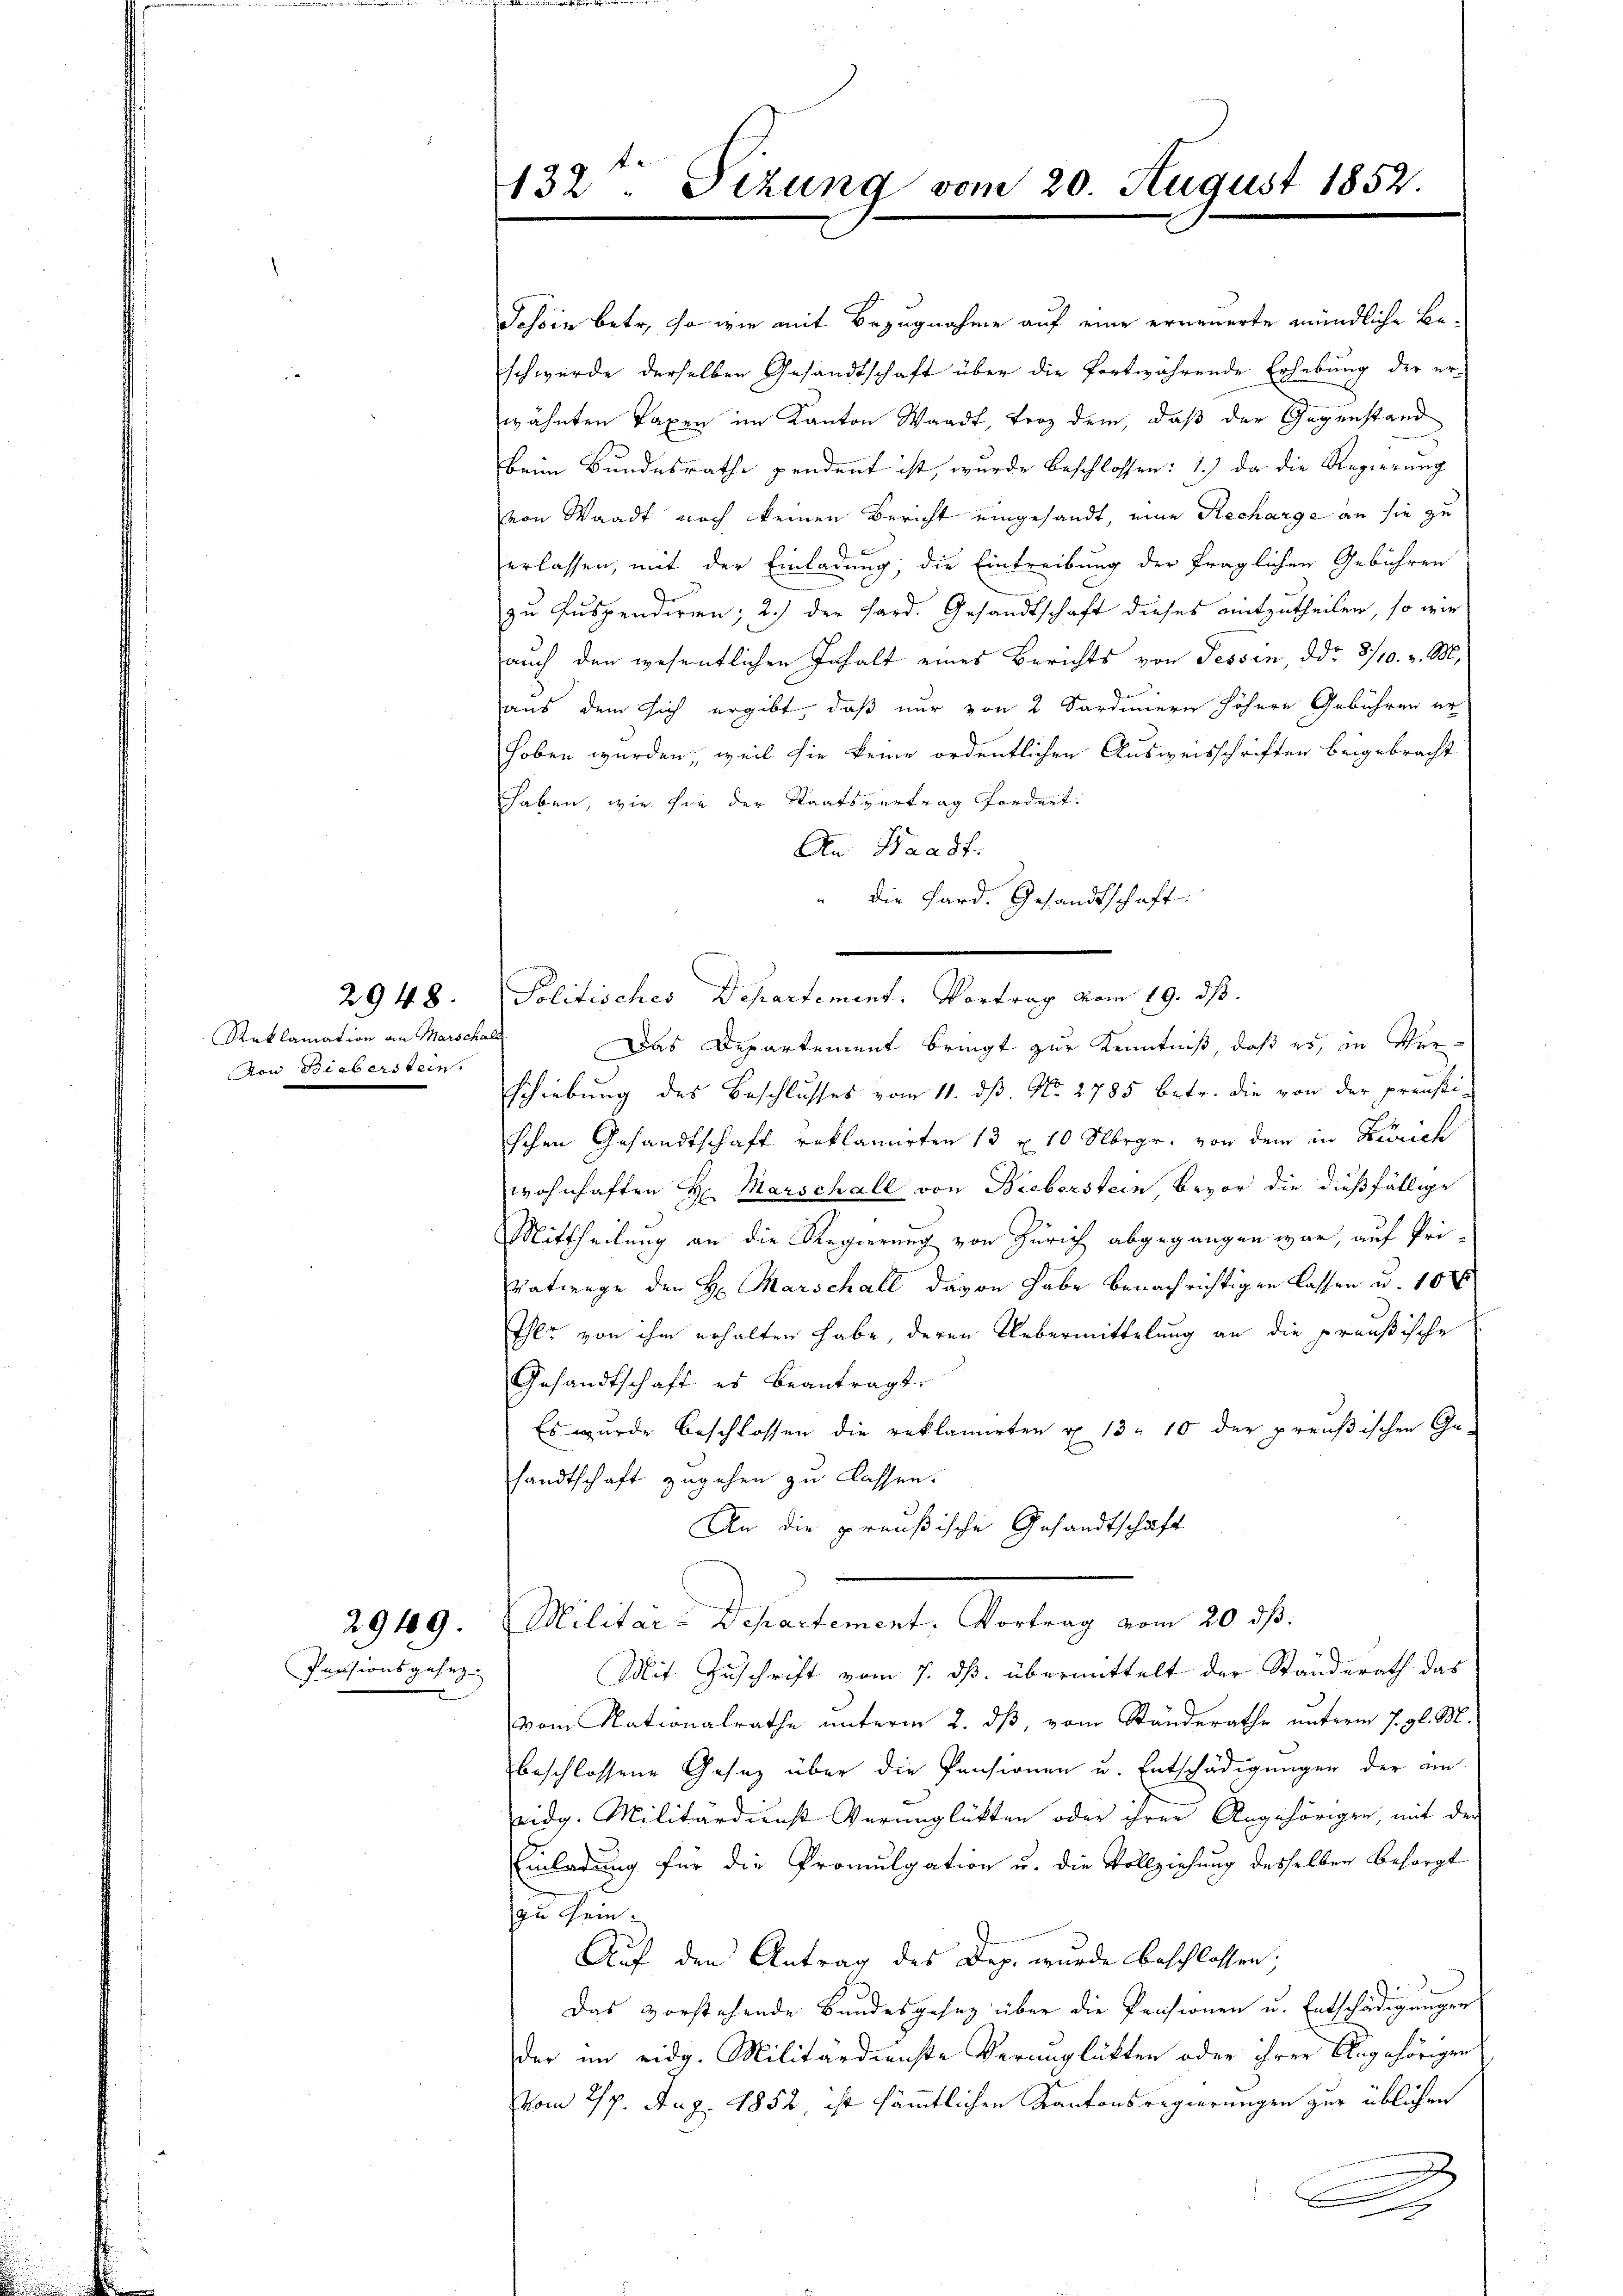
132. Sizung vom 20. August 1852.

Tessin betr, so wie mit Bezugnahme auf eine erneuerte mündliche Beschwerde derselben Gesandtschaft über die fortwährende Erhebung der erwähnten Taxen im Kanton Waadt, Froz dem, daß der Gegenstand
beim Bundesrathe pendent ist, wurde beschlossen: 1.) Da die Regierung
von Waadt noch keinen Bericht eingesandt, eine Recharge an sie zu
erlassen, mit der Einladung, die Eintreibung der fraglichen Gebühren
zu suspendiren; 2.) der Hard. Gesandtschaft dieses mitzutheilen, so wir
auch den wesentlichen Inhalt eines Berichts von Tessin, ddo 2/10. v. M.
aus dem sich ergibt, daß nur von 2 Sardinern höhere Gebühren er
hoben wurden, weil sie keine ordentlichen Ausweisschriften beigebracht
haben, wie sie der Staatsvertrag fordnet.
An Waadt.
die Sard. Gesandtschaft.
Politisches Departement. Vortrag vom 19. ds.
Das Departement bringt zur Kenntniß, daß es, in Verschiebung des Beschlusses vom 11. ds. No. 2785 betr. die von der preusti-
schen Gesandtschaft reklamirten 13 u. 10 Mbrgr. von dem in Zürich
wohnhaften H: Marschall von Bieberstein bevor die dießfällige
Mittheilung an die Regierung von Zürich abgegangen war, auf Pri-
Eatwege den H: Marschall davon habe benachrichtigen lassen u. 10
Ihlr von ihm erhalten habe, deren Uebermittelung an die preußische
Gesandtschaft es beantragt.
Es wurde beschlossen die reklamirten u. 13. 10 der preußischen Ge-
sandtschaft zugehen zu lassen.
An die preußische Gesandtschaft
Militar-Departement. Vortrag vom 20. dβ.
.
Mit Zuschrift vom 7. ds. übermittelt der Standerath das
vom Nationalrathe unterm 2. dß, vom Ständerathe unterm 7. gl. M.
beschlossene Gesetz über die Pensionen u. Entschädigungen der am
eidg. Militärdienst Verunglükten oder ihrer Angehörigen, mit der
Einladung für die Promulgation u. die Vollziehung desselben besorgt
zu sein.
Auf den Antrag des Dep. wurde beschlossen:
Das vorstehende Bundesgesez über die Pensionen u. Entschädigungen
der im eidg. Militärdienste Verunglükten oder ihrer Angehörigen
vom 27. Aug. 1852, ist sämmtlichen Kantonsregierungen zur üblichen
A

2948.

Reklamation an Marschall
von Bieberstein.

2949.

Pensionsgesez